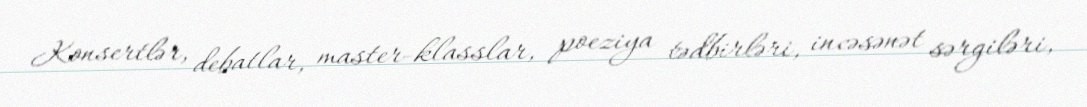
Konsertlər, debatlar, master-klasslar, poeziya tədbirləri, incəsənət sərgiləri,